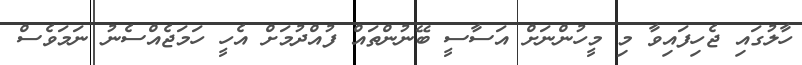
ހާލުގައި ޖެހިފައިވާ މި މީހުންނަށް އަސާސީ ބޭނުންތައް ފުއްދުމަށް އެހީ ހަމަޖެއްސެނު ނަމަވެސް